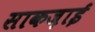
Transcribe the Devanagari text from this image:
साकज़ाई